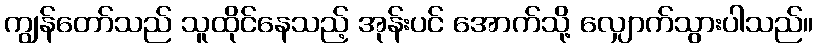
ကျွန်တော်သည် သူထိုင်နေသည့် အုန်းပင် အောက်သို့ လျှောက်သွားပါသည်။